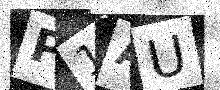
Text: P1AU